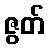
ဇွတ်